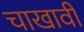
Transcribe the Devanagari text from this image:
चाखावी